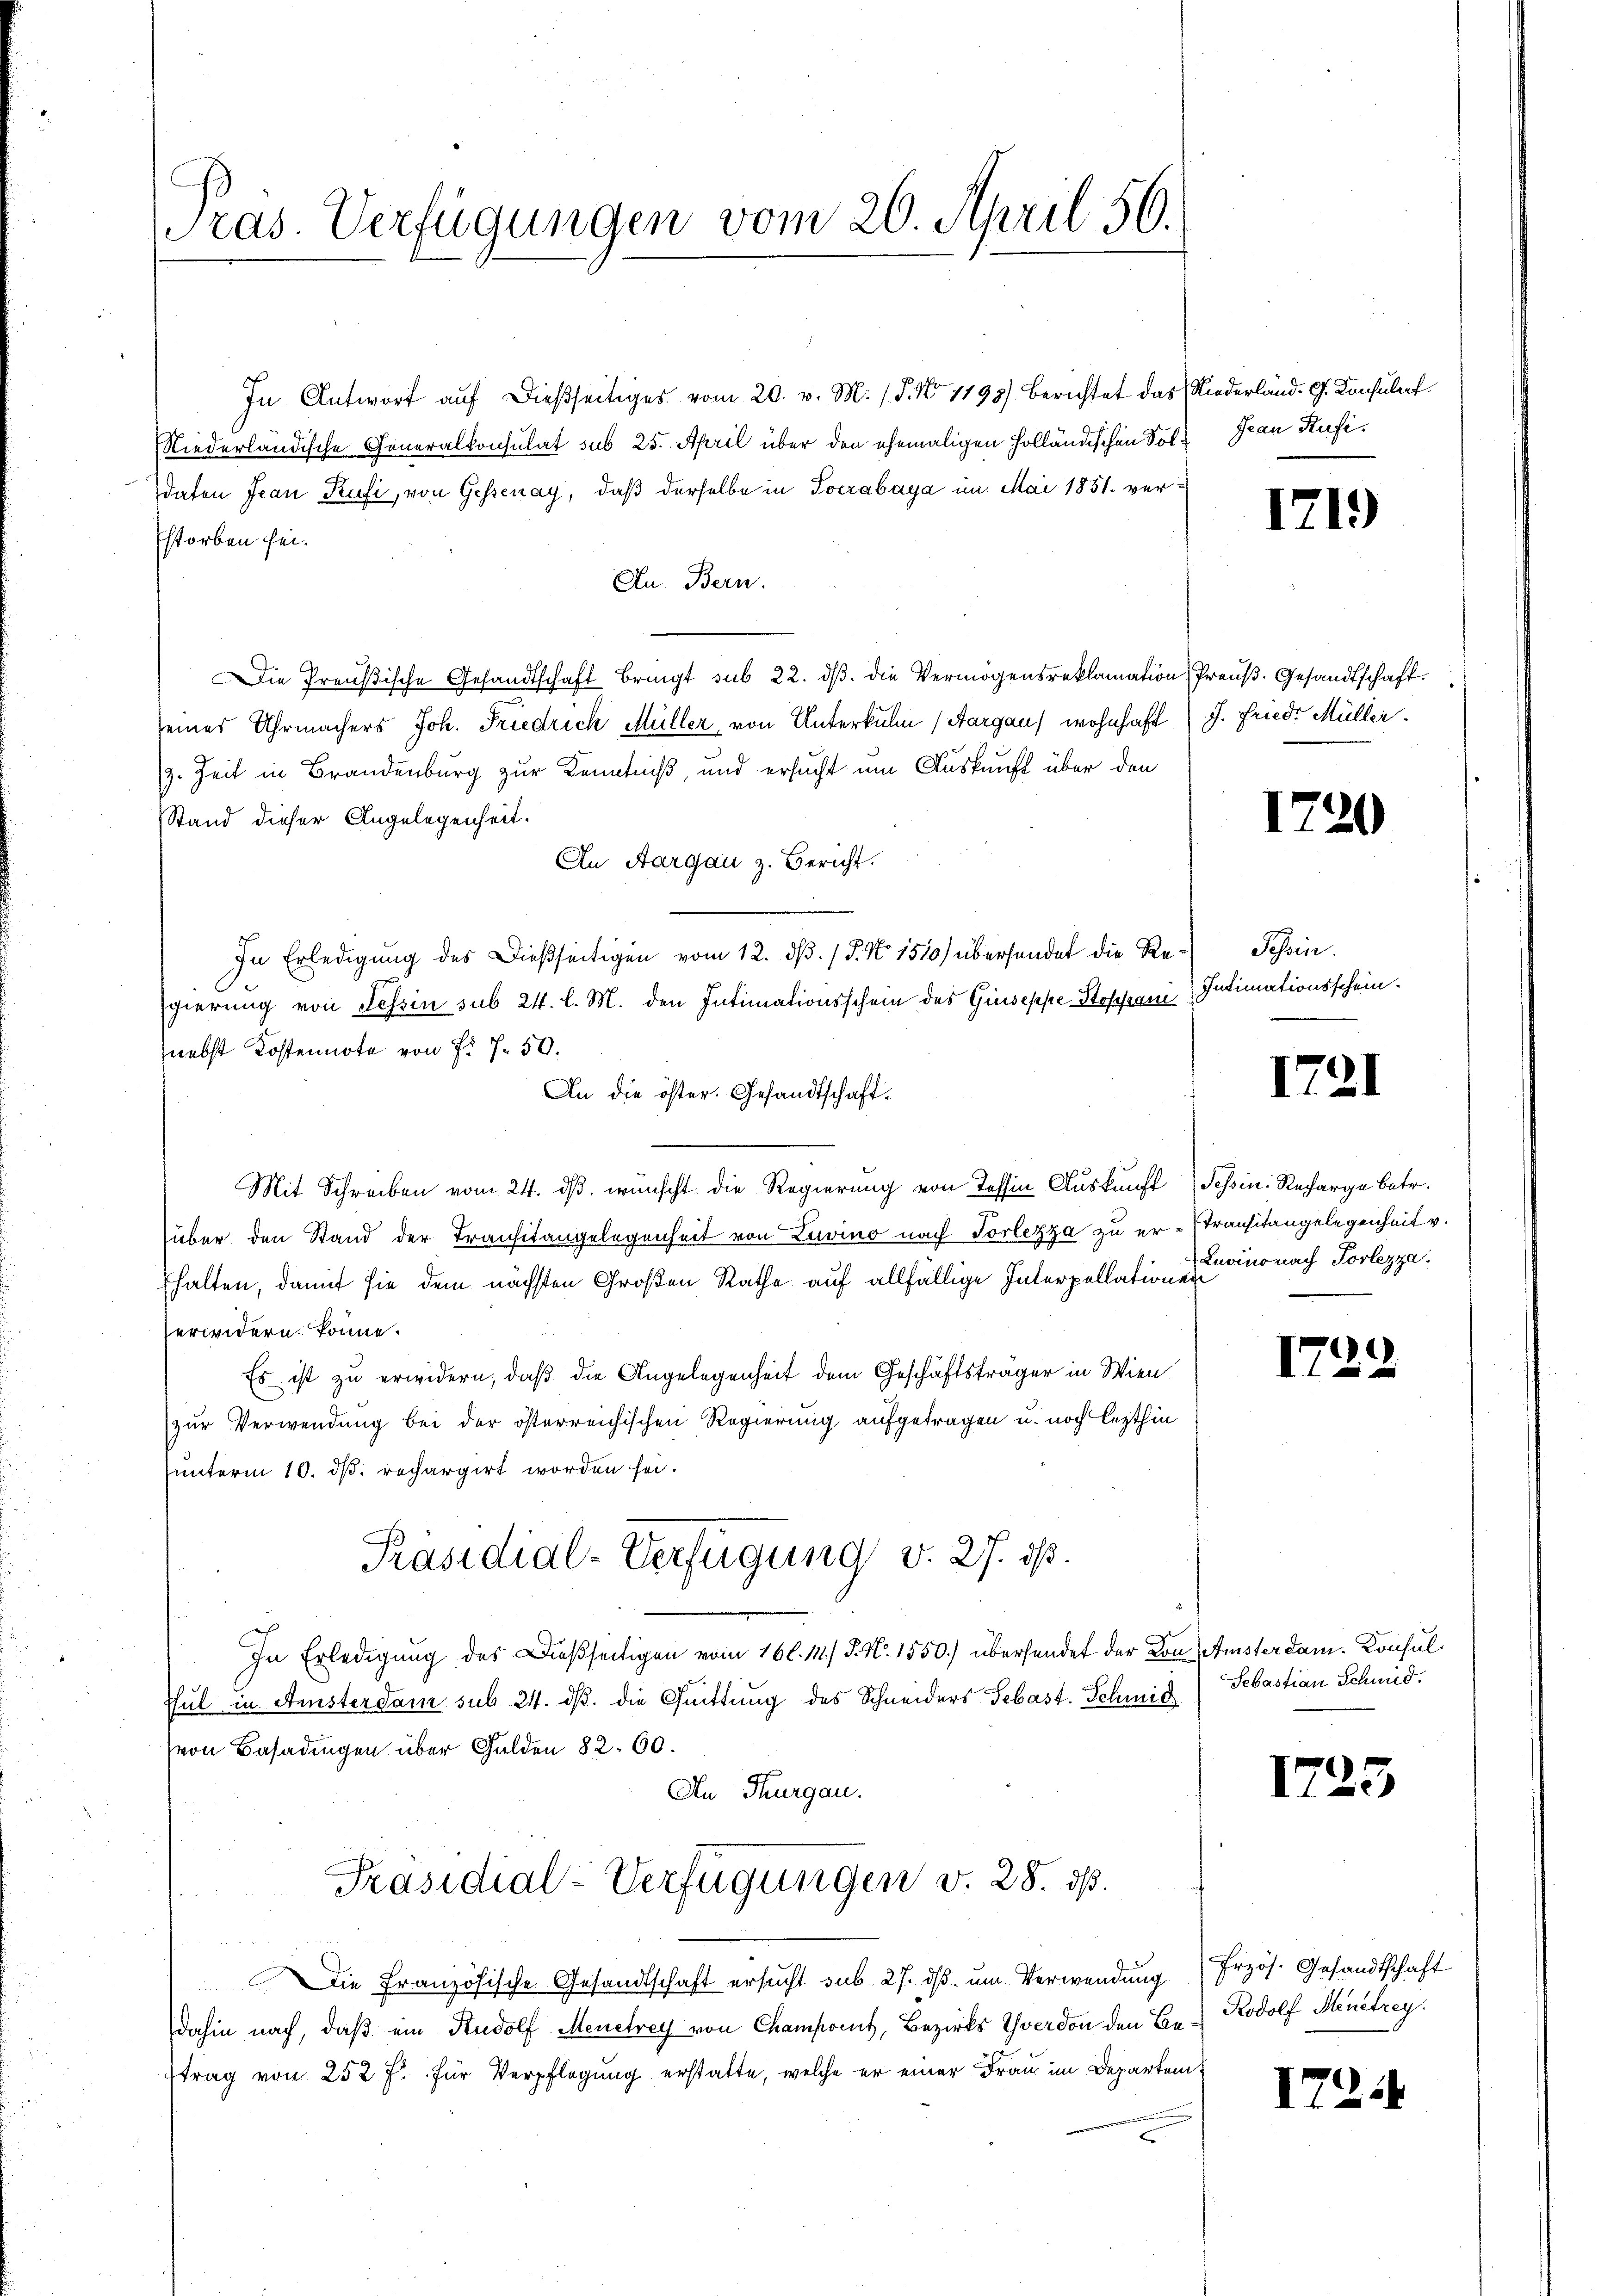
ras. Verfügungen vom 26. April 56.

In Antwort aŭf dießseitiges vom 20. v. M. (T. No 1198) Berichtet das Niederland. G. Konsulort
Niederländische Generalkonsulat sub 25. April über den ehemaligen Holländischen Soldaten Jean Rufi, von Gessenay, daß derselbe in Socrabaya im Mai 1851 verstorben sei.
Zu. Bern.
Die Preußische Gesandtschaft bringt sub 22. dβ. die Vermögensreklamation, Preuß. Gesandtschaft.
seines Uhrmachers Joh. Friedrich Müller, von Unterkulm (Aargau) wohnhaft (J. Fried. Müller.
/3. Zeit in Brandenburg zur Kenntniß, und ersucht um Auskunft über den
Stand dieser Angelegenheit.
An Aargau z. Bericht.
In Erledigung des Dießseitigen vom 12. dβ. / P. Nr. 1510) übersendet die Regierung von Tessin sub 24. l. M. den Intimationsschein des Giuseppe Stoppani
nebst Kostennote von Fr. 7 50.
An die öster. Gesandtschaft.
Mit Schreiben vom 24. dβ. wünscht die Regierung von Tessin Auskunft Schin. Recharge betr.
über den Stand der Transitangelegenheit von Zuvino nach Vorlezza zu er-Transitangelegenheit v.
halten, damit sie dem nächsten Großen Rathe auf allfällige Interpellationen
erwidern könne.
Es ist zu erwidern, daß die Angelegenheit dem Geschäftsträger in Wien
zur Verwendung bei der österreichischen Regierung aufgetragen u. noch lezthin
unterm 10. ds. rechargirt worden sei.
Präsidial-Verfügung v. 27. ist.
In Erledigung des Dießseitigen vom 16. 111.) P. Nr. 1550.) übersendet der von Amster dam. Konsul¬
Ehul in Aristerdam sub 24. dß. die Quittung des Schneiders Sebast. Schmid
(von Basadingen über Gulden 82. 60.
An Thurgau.
Präsidial-Verfügungen v. 28. ds.
Die Französische Gesandtschaft ersucht sub. 27. dβ ŭm Verwendung Przös. Gesandtschaft
dahin nach, daß ein Rudolf Menerey von Champonet, Bezirks Yverdon den Be¬
Etrag von 252 f. für Verpflegung erstatte, welche er einer Frau im Departem¬

Jean Rufi.

1719

1720

Schein.
Intimationsschein.

1721

Luvino nach Porlezza.

1729.

Sebastian Schmid.

1725

Rodolf Menetrey.

172.